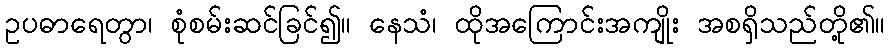
ဥပဓာရေတွာ၊ စုံစမ်းဆင်ခြင်၍။ နေသံ၊ ထိုအကြောင်းအကျိုး အစရှိသည်တို့၏။